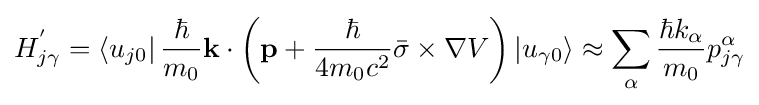
H_{j\gamma }^{'}=\left\langle u_{j0}\right|{\frac {\hbar }{m_{0}}}\mathbf {k} \cdot \left(\mathbf {p} +{\frac {\hbar }{4m_{0}c^{2}}}{\bar {\sigma }}\times \nabla V\right)\left|u_{\gamma 0}\right\rangle \approx \sum _{\alpha }{\frac {\hbar k_{\alpha }}{m_{0}}}p_{j\gamma }^{\alpha }